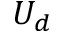
U _ { d }